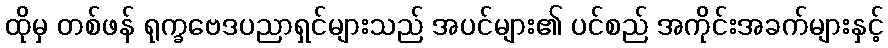
ထိုမှ တစ်ဖန် ရုက္ခဗေဒပညာရှင်များသည် အပင်များ၏ ပင်စည် အကိုင်းအခက်များနှင့်